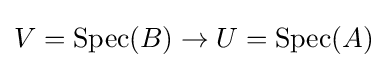
V=\operatorname {Spec} (B)\to U=\operatorname {Spec} (A)